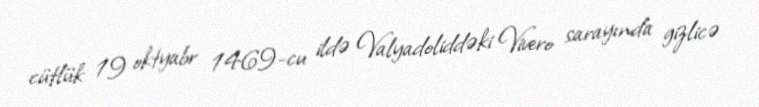
cütlük 19 oktyabr 1469-cu ildə Valyadoliddəki Vivero sarayında gizlicə